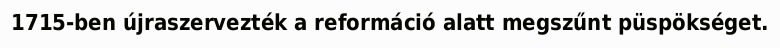
1715-ben újraszervezték a reformáció alatt megszűnt püspökséget.